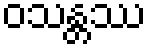
ဝသန္တဿ